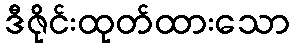
ဒီဇိုင်းထုတ်ထားသော